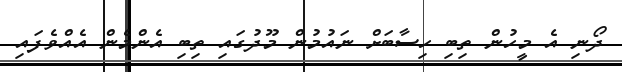
ދޯނި އެ މީހުން ތިބި ހިސާބަށް ނައުމުން މޫދުގައި ތިބި އެންމެން އެއްވެފައި